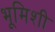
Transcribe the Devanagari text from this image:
भूमिशी